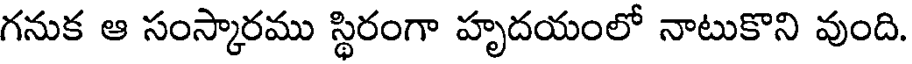
గనుక ఆ సంస్కారము స్థిరంగా హృదయంలో నాటుకొని వుంది.